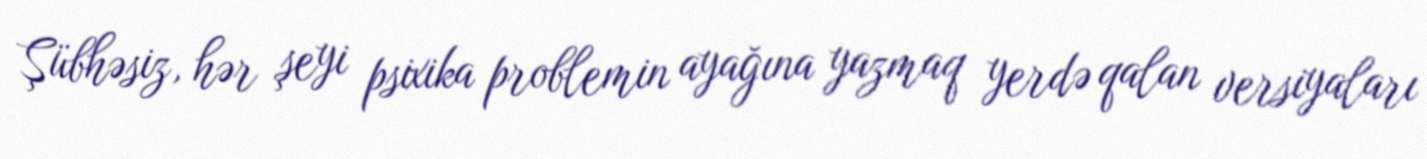
Şübhəsiz, hər şeyi psixika problemin ayağına yazmaq yerdə qalan versiyaları